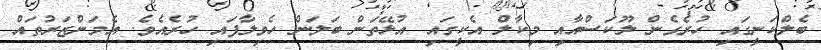
ބެލްކަނީގައި ހުރެގެން ލޫކަސްއާއި މިކާލް އެކީގައި އުޅޭތަން ބަލަން ހެވިލާފައި ހުރެއެވެ. އެމަންޒަރުތައް